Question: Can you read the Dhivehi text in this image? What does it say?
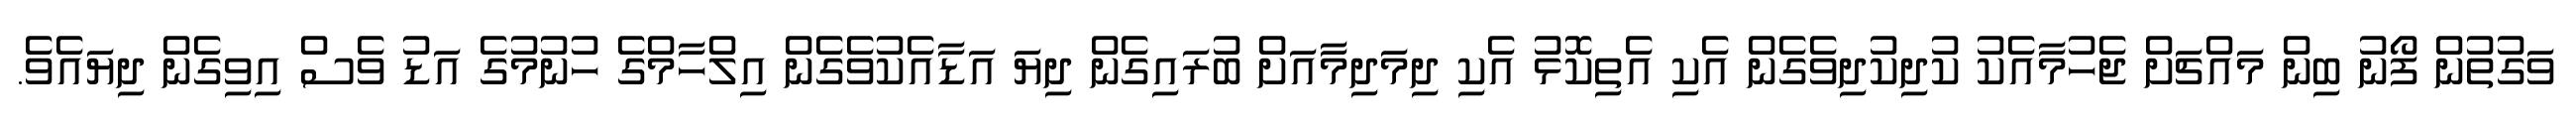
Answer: ވަގުތުން ފޯނު ބިން މައްޗަށް ޖެހުމާއެކު ކުދިކުދިވެގެން އެކި އެތިކޮޅު އެކި ދިމަދިމާއަށް ބުރައިގެން ދިޔަ އަޑާއެކުވެގެން އިލްހާމްގެ ހުނުމުގެ އަޑު ވެސް އިވިގެން ދިޔައެވެ.